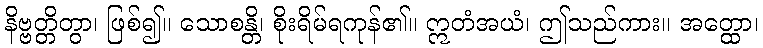
နိဗ္ဗတ္တိတွာ၊ ဖြစ်၍။ သောစန္တိ၊ စိုးရိမ်ရကုန်၏။ ဣတံအယံ၊ ဤသည်ကား။ အတ္ထော၊